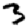
Digit: 3